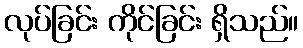
လုပ်ခြင်း ကိုင်ခြင်း ရှိသည်။